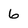
Character: 6